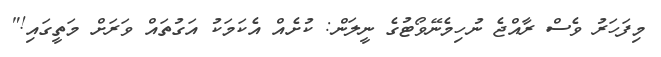
މިފަހަރު ވެސް ރާއްޖެ ނުހިމެނޭވޯޓުގެ ނީލަން: ކުށެއް އެކަމަކު އަގުތައް ވަރަށް މަތީގައި!"